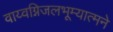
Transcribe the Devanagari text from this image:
वाय्वग्निजलभूम्यात्मने